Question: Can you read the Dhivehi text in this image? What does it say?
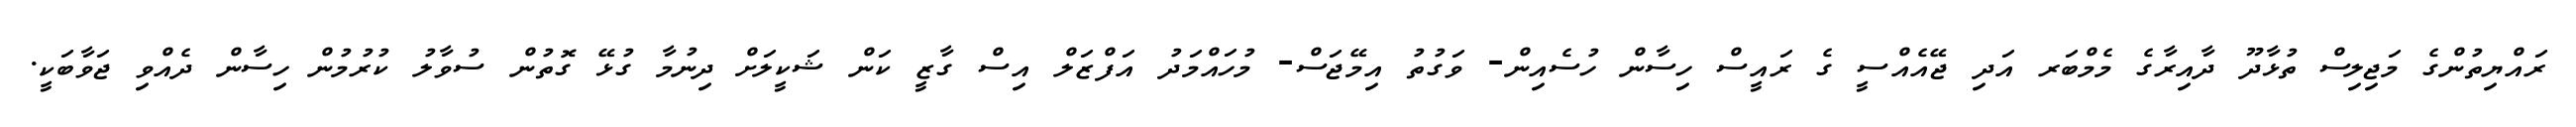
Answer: ރައްޔިތުންގެ މަޖިލިސް ތުޅާދޫ ދާއިރާގެ މެމްބަރ އަދި ޖޭއެއްސީ ގެ ރައީސް ހިސާން ހުސެއިން- ވަގުތު އިމޭޖަސް- މުހައްމަދު އަފްޒަލް އިސް ގާޒީ ކަން ޝަކީލަށް ދިނުމާ ގުޅޭ ގޮތުން ސުވާލު ކުރުމުން ހިސާން ދެއްވި ޖަވާބަކީ.